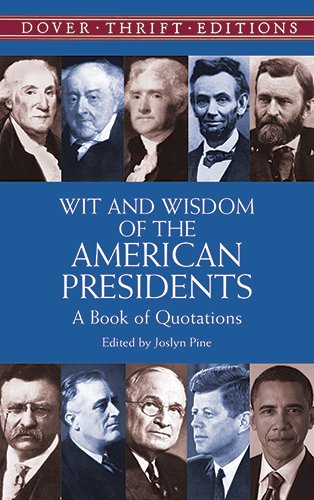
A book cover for Wit and Wisdom of the American Presidents: A Book of Quotations (Dover Thrift Editions,); Reference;